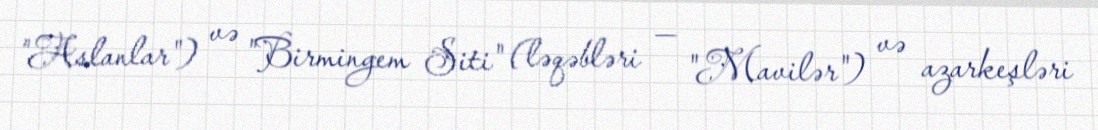
"Aslanlar") və "Birmingem Siti" (ləqəbləri — "Mavilər") və azarkeşləri